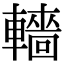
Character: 轖